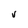
Character: V